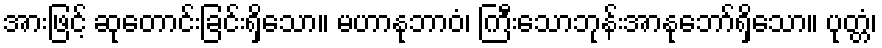
အားဖြင့် ဆုတောင်းခြင်းရှိသော။ မဟာနုဘာဝံ၊ ကြီးသောဘုန်းအာနုဘော်ရှိသော။ ပုတ္တံ၊